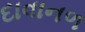
દાવાનળ